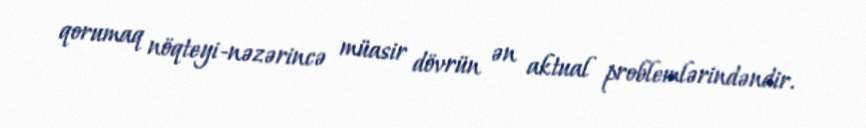
qorumaq nöqteyi-nəzərincə müasir dövrün ən aktual problemlərindəndir.